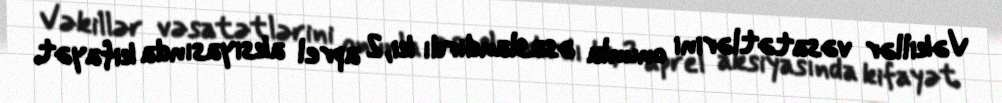
Vəkillər vəsatətlərini onunla əsaslandırdı ki, 2 aprel aksiyasında kifayət